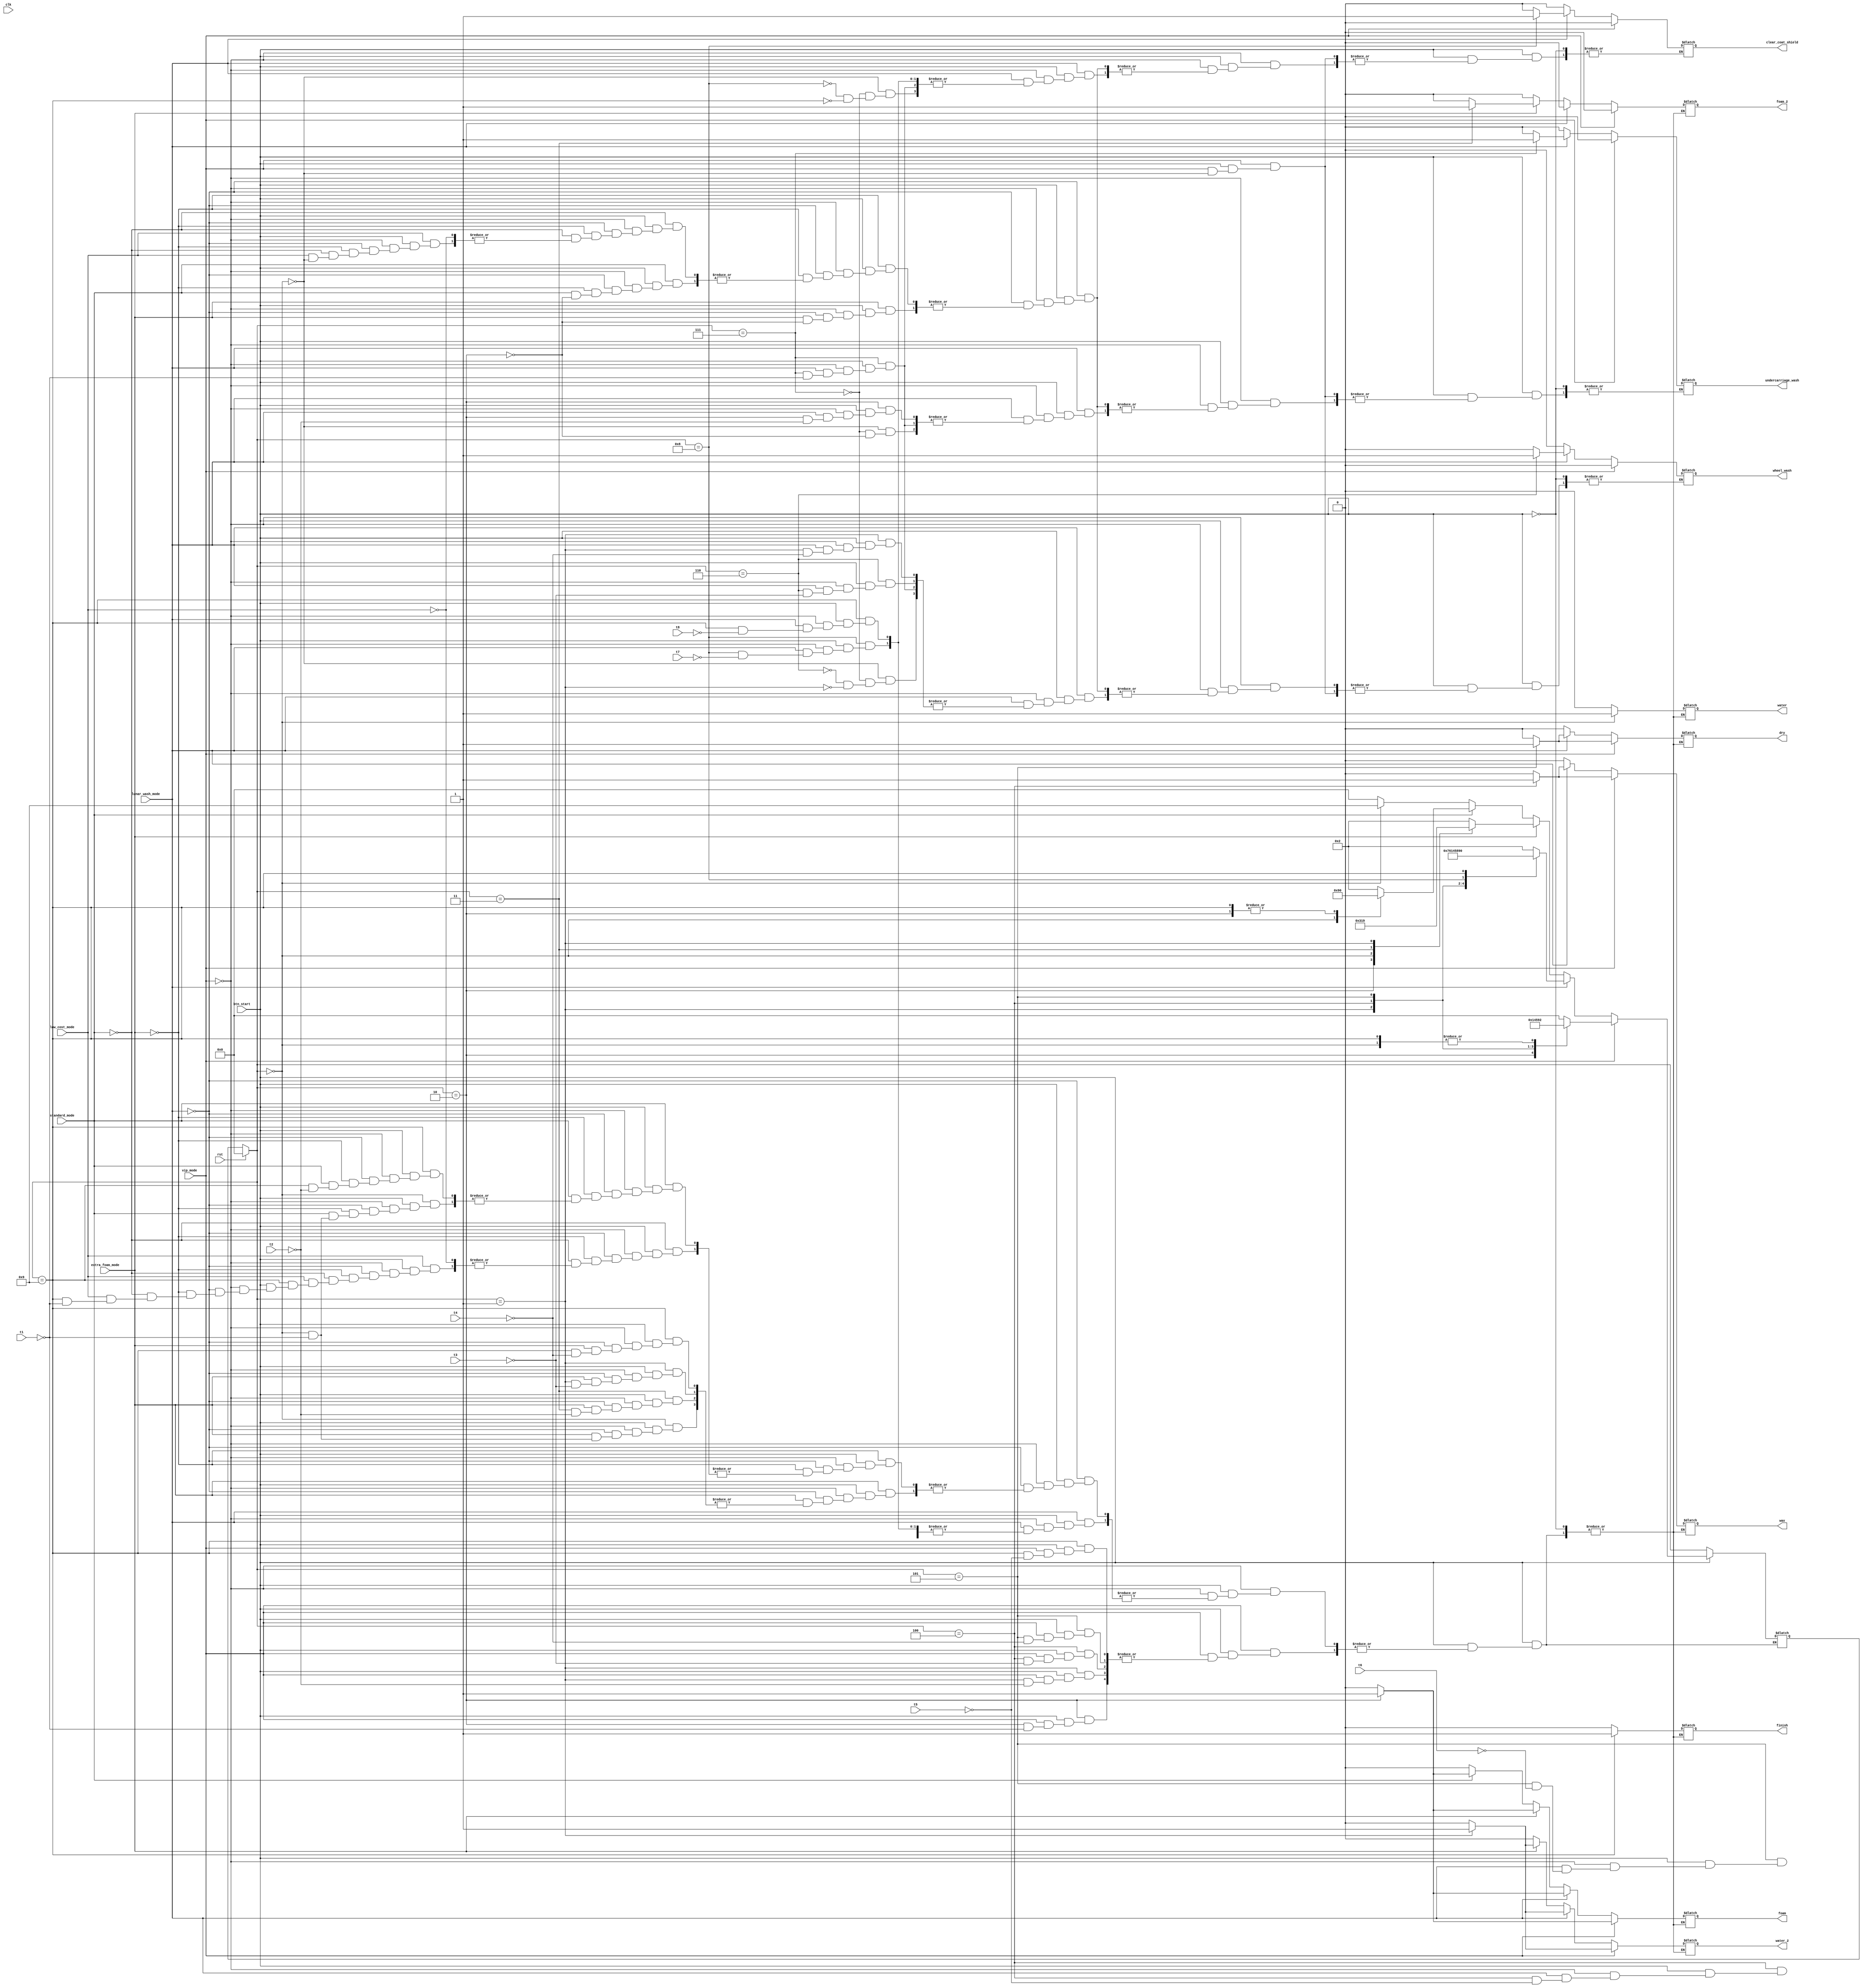
`timescale 1ns / 1ps
//////////////////////////////////////////////////////////////////////////////////
// Company: 
// Engineer: 
// 
// Design Name: Automated Car Wahing System
// Module Name: car_wash
// Author Name: Soham Sen
// Project Name: 
// Target Devices: 
// Tool Versions: Vivado 2022.1
// Description: 4 modes
// 
// Dependencies: 
// 
// Revision:
// Revision 0.01 - File Created
// Additional Comments:
// 
//////////////////////////////////////////////////////////////////////////////////


module car_wash(
    input clk,
    input btn_start,
    input rst,
    input vip_mode,
    input extra_foam_mode,
    input standard_mode,
    input low_cost_mode,
    input lunar_wash_mode,
    input t1,
    input t2,
    input t3,
    input t4,
    input t5,
    input t6,
    input t7,
    input t8,
    output reg foam,
    output reg foam_2,
    output reg water,
    output reg water_2,
    output reg wax,
    output reg dry,
    output reg wheel_wash,
    output reg undercarriage_wash,
    output reg clear_coat_shield,
    output reg finish
    );
    
    parameter WATER=4'b0000;
    parameter WATER_2=4'b0001;
    parameter FOAM=4'b0010;
    parameter FOAM_2=4'b0011;
    parameter WAX=4'b0100;
    parameter DRY=4'b0101;
    parameter WHEEL_WASH=4'b0110;
    parameter UNDERCARRIAGE_WASH=4'b0111;
    parameter CLEAR_COAT_SHIELD=4'b1000;
    parameter FINISH=4'b1001;
     
    reg [3:0] cst,nst;
    
    
    always @(btn_start or vip_mode or lunar_wash_mode or extra_foam_mode or standard_mode or low_cost_mode or t1 or t2 or t3 or t4 or t5 or t6 or t7 or t8)
    begin
        if(btn_start==1)
        begin
            //VIP MODE
            if(vip_mode==1)
            begin
            case(cst)
            WATER:
                  begin
                      nst=FOAM;
                      water=1;
                      water_2=0;
                      foam=0;
                      foam_2=0;
                      wax=0;
                      dry=0;
                      finish=0;
                      undercarriage_wash=0;
                      wheel_wash=0;
                      clear_coat_shield=0;
                  end
             FOAM:if(t1==1)
                begin
                    nst=WATER_2;
                    water=0;
                    water_2=0;
                    foam=1;
                    foam_2=0;
                    wax=0;
                    dry=0;
                    finish=0;
                  end
             WATER_2:if(t2==1)
                begin
                    nst=WAX;
                    water=0;
                    water_2=1;
                    foam=0;
                    foam_2=0;
                    wax=0;
                    dry=0;
                    finish=0;
                  end
             WAX:if(t3==1)
                begin
                    nst=DRY;
                    water=0;
                    water_2=0;
                    foam=0;
                    foam_2=0;
                    wax=1;
                    dry=0;
                    finish=0;
                  end
             DRY:if(t4==1)
                begin
                    nst=FINISH;
                    water=0;
                    water_2=0;
                    foam=0;
                    foam_2=0;
                    wax=0;
                    dry=1;
                    finish=0;
                  end
             FINISH:if(t5==1)
                begin
                    nst=FOAM;
                    water=0;
                    water_2=0;
                    foam=0;
                    foam_2=0;
                    wax=0;
                    dry=0;
                    finish=1;
                  end
             default:begin
                    nst=WATER;
                    water=0;
                    water_2=0;
                    foam=0;
                    foam_2=0;
                    wax=0;
                    dry=0;
                    finish=0;
                  end
             endcase
             end
             //LUNAR WASH MODE
            else if(lunar_wash_mode==1)
            begin
            case(cst)
            WATER:
                  begin
                      nst=UNDERCARRIAGE_WASH;
                      water=1;
                      water_2=0;
                      undercarriage_wash=0;
                      wheel_wash=0;
                      clear_coat_shield=0;
                      foam=0;
                      foam_2=0;
                      wax=0;
                      dry=0;
                      finish=0;
                  end
             UNDERCARRIAGE_WASH:if(t1==1)
                begin
                    nst=FOAM;
                    water=0;
                    water_2=0;
                    foam=0;
                    undercarriage_wash=1;
                    wheel_wash=0;
                    clear_coat_shield=0;
                    foam_2=0;
                    wax=0;
                    dry=0;
                    finish=0;
                  end
             FOAM:if(t2==1)
                begin
                    nst=WHEEL_WASH;
                    water=0;
                    water_2=0;
                    foam=1;
                    undercarriage_wash=0;
                    foam_2=0;
                    wax=0;
                    dry=0;
                    finish=0;
                  end
            WHEEL_WASH:if(t3==1)
                begin
                    nst=WATER_2;
                    water=0;
                    water_2=0;
                    foam=0;
                    wheel_wash=1;
                    foam_2=0;
                    wax=0;
                    dry=0;
                    finish=0;
                  end
             WATER_2:if(t4==1)
                begin
                    nst=WAX;
                    water=0;
                    water_2=1;
                    foam=0;
                    wheel_wash=0;
                    foam_2=0;
                    wax=0;
                    dry=0;
                    finish=0;
                  end
             WAX:if(t5==1)
                begin
                    nst=DRY;
                    water=0;
                    water_2=0;
                    foam=0;
                    foam_2=0;
                    wax=1;
                    dry=0;
                    finish=0;
                  end
             DRY:if(t6==1)
                begin
                    nst=CLEAR_COAT_SHIELD;
                    water=0;
                    water_2=0;
                    foam=0;
                    foam_2=0;
                    wax=0;
                    dry=1;
                    finish=0;
                  end
            CLEAR_COAT_SHIELD:if(t7==1)
                begin
                    nst=FINISH;
                    water=0;
                    water_2=0;
                    foam=0;
                    clear_coat_shield=1;
                    foam_2=0;
                    wax=0;
                    dry=0;
                    finish=0;
                  end
             FINISH:if(t8==1)
                begin
                    nst=WATER;
                    clear_coat_shield=0;
                    water=0;
                    water_2=0;
                    foam=0;
                    foam_2=0;
                    wax=0;
                    dry=0;
                    finish=1;
                  end
             default:begin
                    nst=FOAM;
                    water=0;
                    water_2=0;
                    foam=0;
                    foam_2=0;
                    wax=0;
                    dry=0;
                    finish=0;
                  end
             endcase
             end
             //EXTRA FOAM MODE
             else if(extra_foam_mode==1)
                 begin
                    case(cst)
                    FOAM:begin
                            nst=WATER;
                            water=0;
                            water_2=0;
                            undercarriage_wash=0;
                            wheel_wash=0;
                            clear_coat_shield=0;
                            foam=1;
                            foam_2=0;
                            wax=0;
                            dry=0;
                            finish=0;
                          end
                    WATER:if(t1==1)
                        begin
                            nst=FOAM_2;
                            water=1;
                            water_2=0;
                            foam=0;
                            foam_2=0;
                            wax=0;
                            dry=0;
                            finish=0;
                        end
                    FOAM_2:if(t2==1)
                        begin
                            nst=WATER_2;
                            water=0;
                            water_2=0;
                            foam=0;
                            foam_2=1;
                            wax=0;
                            dry=0;
                            finish=0;
                        end
                    WATER_2:if(t3==1)
                        begin
                            nst=FINISH;
                            water=0;
                            water_2=1;
                            foam=0;
                            foam_2=0;
                            wax=0;
                            dry=0;
                            finish=0;
                        end
                    FINISH:if(t4==1)
                        begin
                            nst=FOAM;
                            water=0;
                            water_2=0;
                            foam=0;
                            foam_2=0;
                            wax=0;
                            dry=0;
                            finish=1;
                        end
                    default:begin
                            nst=FOAM;
                            water=0;
                            water_2=0;
                            foam=0;
                            foam_2=0;
                            wax=0;
                            dry=0;
                            finish=0;
                        end
                    endcase
                 end
                 //STANDARD MODE
                 else if(standard_mode==1)
                 begin
                    case(cst)
                    FOAM:begin
                            nst=WATER;
                            water=0;
                            undercarriage_wash=0;
                            wheel_wash=0;
                            clear_coat_shield=0;
                            water_2=0;
                            foam=1;
                            foam_2=0;
                            wax=0;
                            dry=0;
                            finish=0;
                          end
                    WATER:if(t1==1)
                        begin
                            nst=FINISH;
                            water=1;
                            water_2=0;
                            foam=0;
                            foam_2=0;
                            wax=0;
                            dry=0;
                            finish=0;
                        end
                    FINISH:if(t2==1)
                        begin
                            nst=WATER;
                            water=0;
                            water_2=0;
                            foam=0;
                            foam_2=0;
                            wax=0;
                            dry=0;
                            finish=1;
                        end
                    default:begin
                            nst=FOAM;
                            water=0;
                            water_2=0;
                            foam=0;
                            foam_2=0;
                            wax=0;
                            dry=0;
                            finish=0;
                        end
                    endcase
                 end
                 //LOW COST MODE
                 else if(low_cost_mode==1)
                 begin
                    case(cst)
                    WATER:begin
                            nst=FINISH;
                            water=1;
                            undercarriage_wash=0;
                            wheel_wash=0;
                            clear_coat_shield=0;
                            water_2=0;
                            foam=0;
                            foam_2=0;
                            wax=0;
                            dry=0;
                            finish=0;
                          end
                    FINISH:if(t1==1)
                        begin
                            nst=WATER;
                            water=0;
                            water_2=0;
                            foam=0;
                            foam_2=0;
                            wax=0;
                            dry=0;
                            finish=1;
                          end
                    default:begin
                            nst=WATER;
                            water=0;
                            water_2=0;
                            foam=0;
                            foam_2=0;
                            wax=0;
                            dry=0;
                            finish=0;
                        end
                    endcase
                 end
         end       
         else
         begin
            nst=cst;
         end
        end
    
    always @(clk or rst)
	begin
		if(rst)
		begin
			cst=4'b000;
		end
		else
		begin
			cst=nst;
		end
	end
endmodule